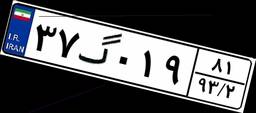
۷۸گ۷۲۹۹۰